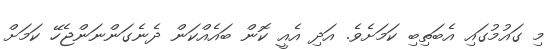
މި ގައުމުގައި އެބަތިބި ކަމަށެވެ. އަދި އެއީ ކޮން ބައެއްކަން ދެނެގަންނަންޖެހޭ ކަމަށް